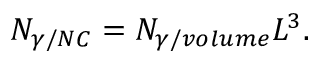
N _ { \gamma / N C } = N _ { \gamma / v o l u m e } L ^ { 3 } .